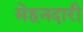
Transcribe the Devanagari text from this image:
मेहनदारी